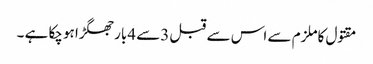
مقتول کاملزم سے اس سے قبل 3سے 4بار جھگڑا ہوچکا ہے ۔